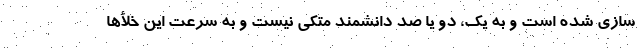
سازی شده است و به یک، دو یا صد دانشمند متکی نیست و به سرعت این خلأها